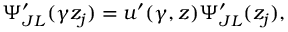
\Psi _ { J L } ^ { \prime } ( \gamma z _ { j } ) = u ^ { \prime } ( \gamma , z ) \Psi _ { J L } ^ { \prime } ( z _ { j } ) ,